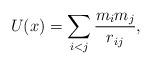
LaTeX: \begin{gather*}U(x)=\sum_{i<j}\frac{m_im_j}{r_{ij}},\end{gather*}